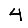
Digit: 4